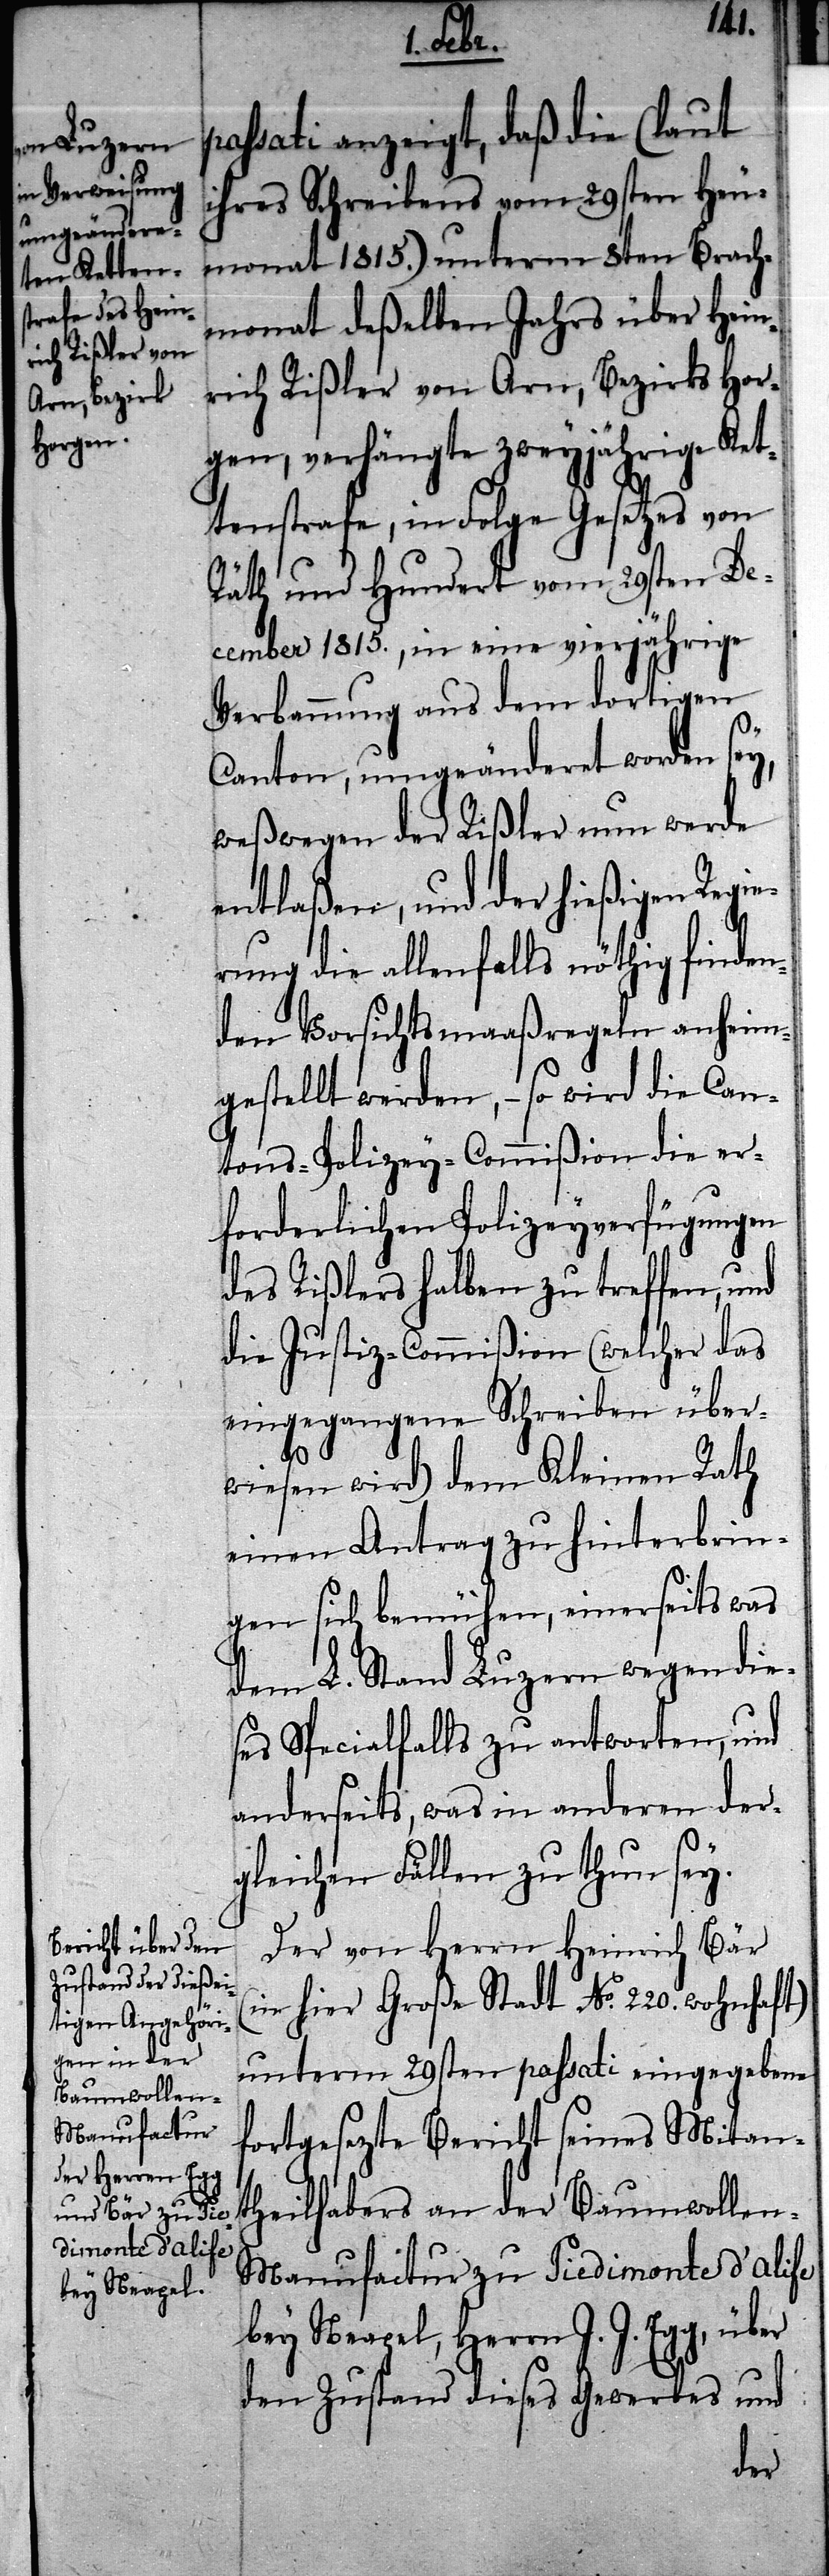
p¬
assati angezeigt, daß die (laut
ihres Schreibens vom 29sten Heu¬
monat 1815.) unterm 8ten Brach¬
monat deßelben Jahrs über Hein¬
rich Rißler von Arn, Bezirk Hor¬
gen, verhängte zweyjährige Ket¬
tenstrafe, in Folge Gesetzes von
Räth und Hundert vom 29sten De¬
cember 1815., in eine vierjährige
Verbannung aus dem dortigen
Canton, umgeänderet worden sey,
weßwegen der Rißler nun werde
entlaßen, und der hießigen Regie¬
rung die allenfalls nöthig finden¬
den Vorsichtsmaßregeln anheim¬
gestellt werden, – so wird die Can¬
tons-Polizey-Commißion die er¬
forderlichen Policeyverfügungen
des Rißlers halben zu treffen, und
die Justiz-Commißion (welcher das
eingegangene Schreiben über¬
wiesen wird) dem Kleinen Rath
einen Antrag zu hinterbrin¬
gen sich bemühen, einerseits was
dem L. Stand Luzern wegen die¬
ses Specialfalls zu antworten, und
anderseits, was in anderen der¬
gleichen Fällen zu thun sey.
Der von Herrn Heinrich Bär
(in hier Große Stadt No. 220. wohnhaft)
unterm 29sten passati eingegebene
fortgesetzte Bericht seines Mitan¬
theilhabers an der Baumwollen-M¬
anufactur zu Piedimonte d’alife
bey Neapel, Herrn J. J. Egg, über
den Zustand dieses Gewerbes und